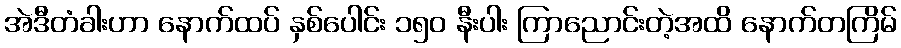
အဲဒီတံခါးဟာ နောက်ထပ် နှစ်ပေါင်း ၁၅၀ နီးပါး ကြာညောင်းတဲ့အထိ နောက်တကြိမ်